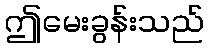
ဤမေးခွန်းသည်